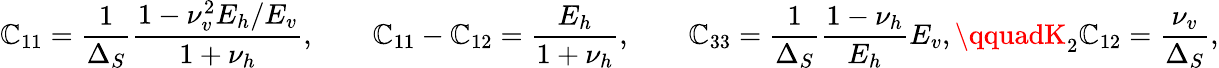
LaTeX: \mathbb{C}_{11}=\frac{{1}}{{\Delta_{S}}}\frac{{1-\nu_{v}^{2}E_{h}/E_{v}}}{{1+\nu_{h}}},\qquad\mathbb{C}_{11}-\mathbb{C}_{12}=\frac{{E_{h}}}{{1+\nu_{h}}},\qquad\mathbb{C}_{33}=\frac{{1}}{{\Delta_{S}}}\frac{{1-\nu_{h}}}{{E_{h}}}E_{v},\qquadK_{2}\mathbb{C}_{12}=\frac{{\nu_{v}}}{{\Delta_{S}}},